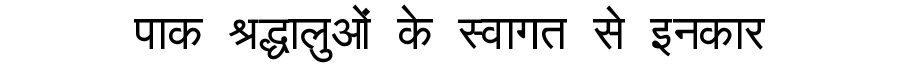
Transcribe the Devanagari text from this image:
पाक श्रद्धालुओं के स्वागत से इनकार